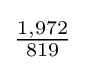
{\tfrac {1,972}{819}}